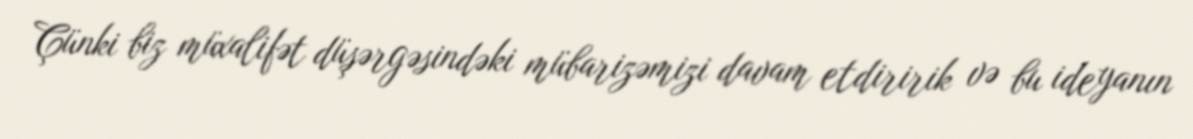
Çünki biz müxalifət düşərgəsindəki mübarizəmizi davam etdiririk və bu ideyanın